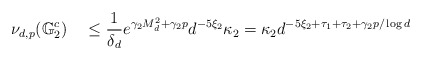
\begin{align*}\nu_{d,p}(\mathbb G_2^c) \quad\leq\frac{1}{\delta_d} e^{ \gamma_2 M_d^2 + \gamma_2 p} d^{-5 \xi_2} \kappa_2= \kappa_2 d^{-5 \xi_2 + \tau_1 + \tau_2 + \gamma_2 p / \log d}\end{align*}